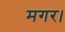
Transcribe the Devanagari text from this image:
मगर।